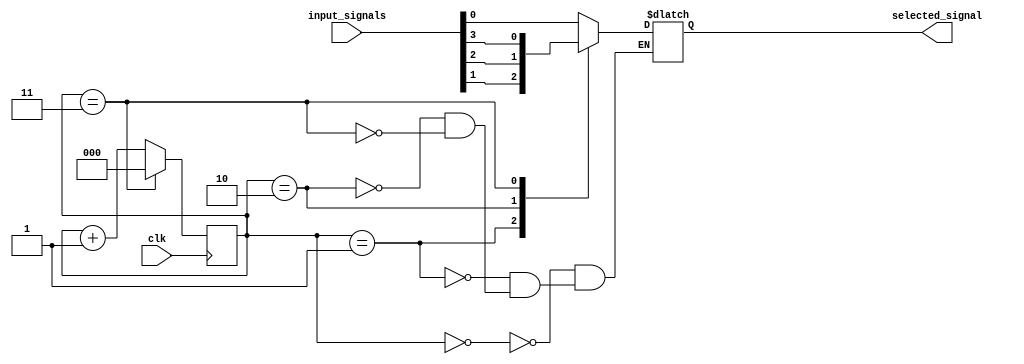
module round_robin_arbiter(
    input wire clk,
    input wire [3:0] input_signals,
    output wire selected_signal
);

reg [2:0] counter = 3'd0;
reg [2:0] next_counter;
  
always @(posedge clk) begin
    if (counter == 3'd3) begin
        next_counter = 3'd0;
    end
    else begin
        next_counter = counter + 1'b1;
    end
    
    counter <= next_counter;
end
  
always @(*) begin
    case(counter)
        3'd0: selected_signal = input_signals[0];
        3'd1: selected_signal = input_signals[1];
        3'd2: selected_signal = input_signals[2];
        3'd3: selected_signal = input_signals[3];
    endcase
end

endmodule